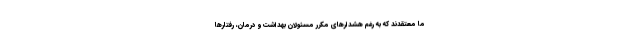
ما معتقدند که به رغم هشدارهای مکرر مسئولان بهداشت و درمان، رفتارها